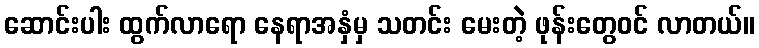
ဆောင်းပါး ထွက်လာရော နေရာအနှံမှ သတင်း မေးတဲ့ ဖုန်းတွေဝင် လာတယ်။